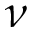
\nu